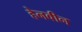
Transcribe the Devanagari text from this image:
हेनवीन